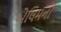
એલિમની